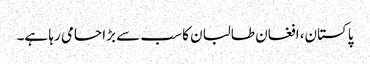
پاکستان، افغان طالبان کا سب سے بڑا حامی رہا ہے۔